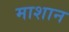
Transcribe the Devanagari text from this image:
माशान